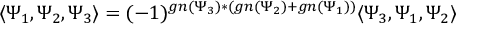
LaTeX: \langle \Psi _ { 1 } , \Psi _ { 2 } , \Psi _ { 3 } \rangle = ( - 1 ) ^ { g n ( \Psi _ { 3 } ) * ( g n ( \Psi _ { 2 } ) + g n ( \Psi _ { 1 } ) ) } \langle \Psi _ { 3 } , \Psi _ { 1 } , \Psi _ { 2 } \rangle